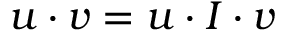
\boldsymbol { u } \cdot \boldsymbol { v } = \boldsymbol { u } \cdot \boldsymbol { I } \cdot \boldsymbol { v }